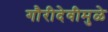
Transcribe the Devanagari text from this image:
गौरीदेवीमुळे